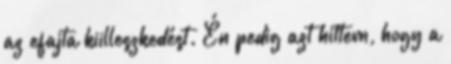
az efajta kiilleszkedést. Én pedig azt hittem, hogy a